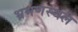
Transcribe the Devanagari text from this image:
भ्रमणस्‍थल